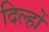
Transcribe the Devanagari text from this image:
दिल्हों